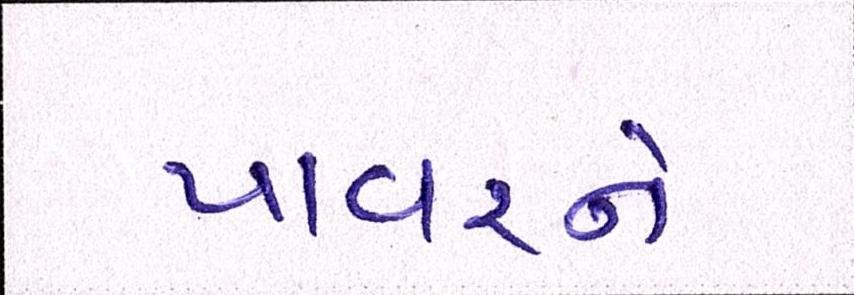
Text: પાવરને